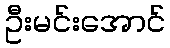
ဦးမင်းအောင်